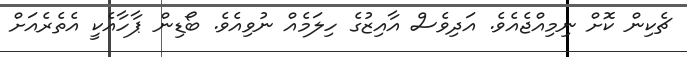
ޗެކިން ކޮށް ނިމިއްޖެއެވެ. އަދިވެސް އާއިޒުގެ ހިލަމެއް ނުވިއެވެ. ބޯޑިން ޕާހާއެކީ އެތެރެއަށް